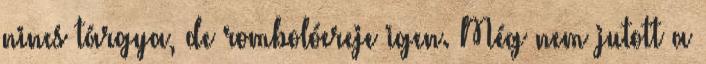
nincs tárgya, de rombolóereje igen. Még nem jutott a